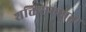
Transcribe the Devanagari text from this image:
शक्तिसम्पन्नता